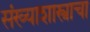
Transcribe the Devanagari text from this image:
संख्याशास्त्राचा